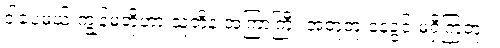
ဒါပေမယ့် ကျွန်မတို့ဟာ သူတို့နဲ့ အကြာကြီး အတူတူ နေခွင့် မရှိကြဘူး။